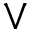
\lor